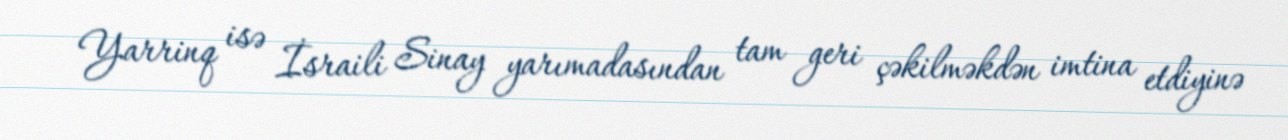
Yarrinq isə İsraili Sinay yarımadasından tam geri çəkilməkdən imtina etdiyinə